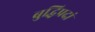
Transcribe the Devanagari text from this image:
बुद्धिप्रदां